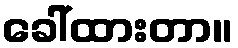
ခေါ်ထားတာ။